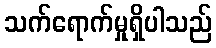
သက်ရောက်မှုရှိပါသည်